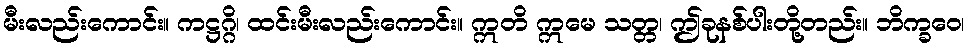
မီးလည်းကောင်း။ ကဋ္ဌဂ္ဂိ၊ ထင်းမီးလည်းကောင်း။ ဣတိ ဣမေ သတ္တ၊ ဤခုနစ်ပါးတို့တည်း။ ဘိက္ခဝေ၊